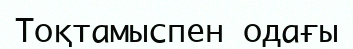
Тоқтамыспен одағы